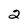
Character: 2